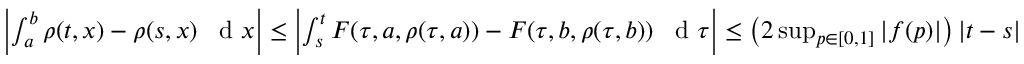
\begin{array} { r } { \left| \int _ { a } ^ { b } \rho ( t , x ) - \rho ( s , x ) \textrm { \, d } x \right| \leq \left| \int _ { s } ^ { t } F ( \tau , a , \rho ( \tau , a ) ) - F ( \tau , b , \rho ( \tau , b ) ) \textrm { \, d } \tau \right| \leq \left( 2 \operatorname* { s u p } _ { p \in [ 0 , 1 ] } | f ( p ) | \right) \left| t - s \right| } \end{array}